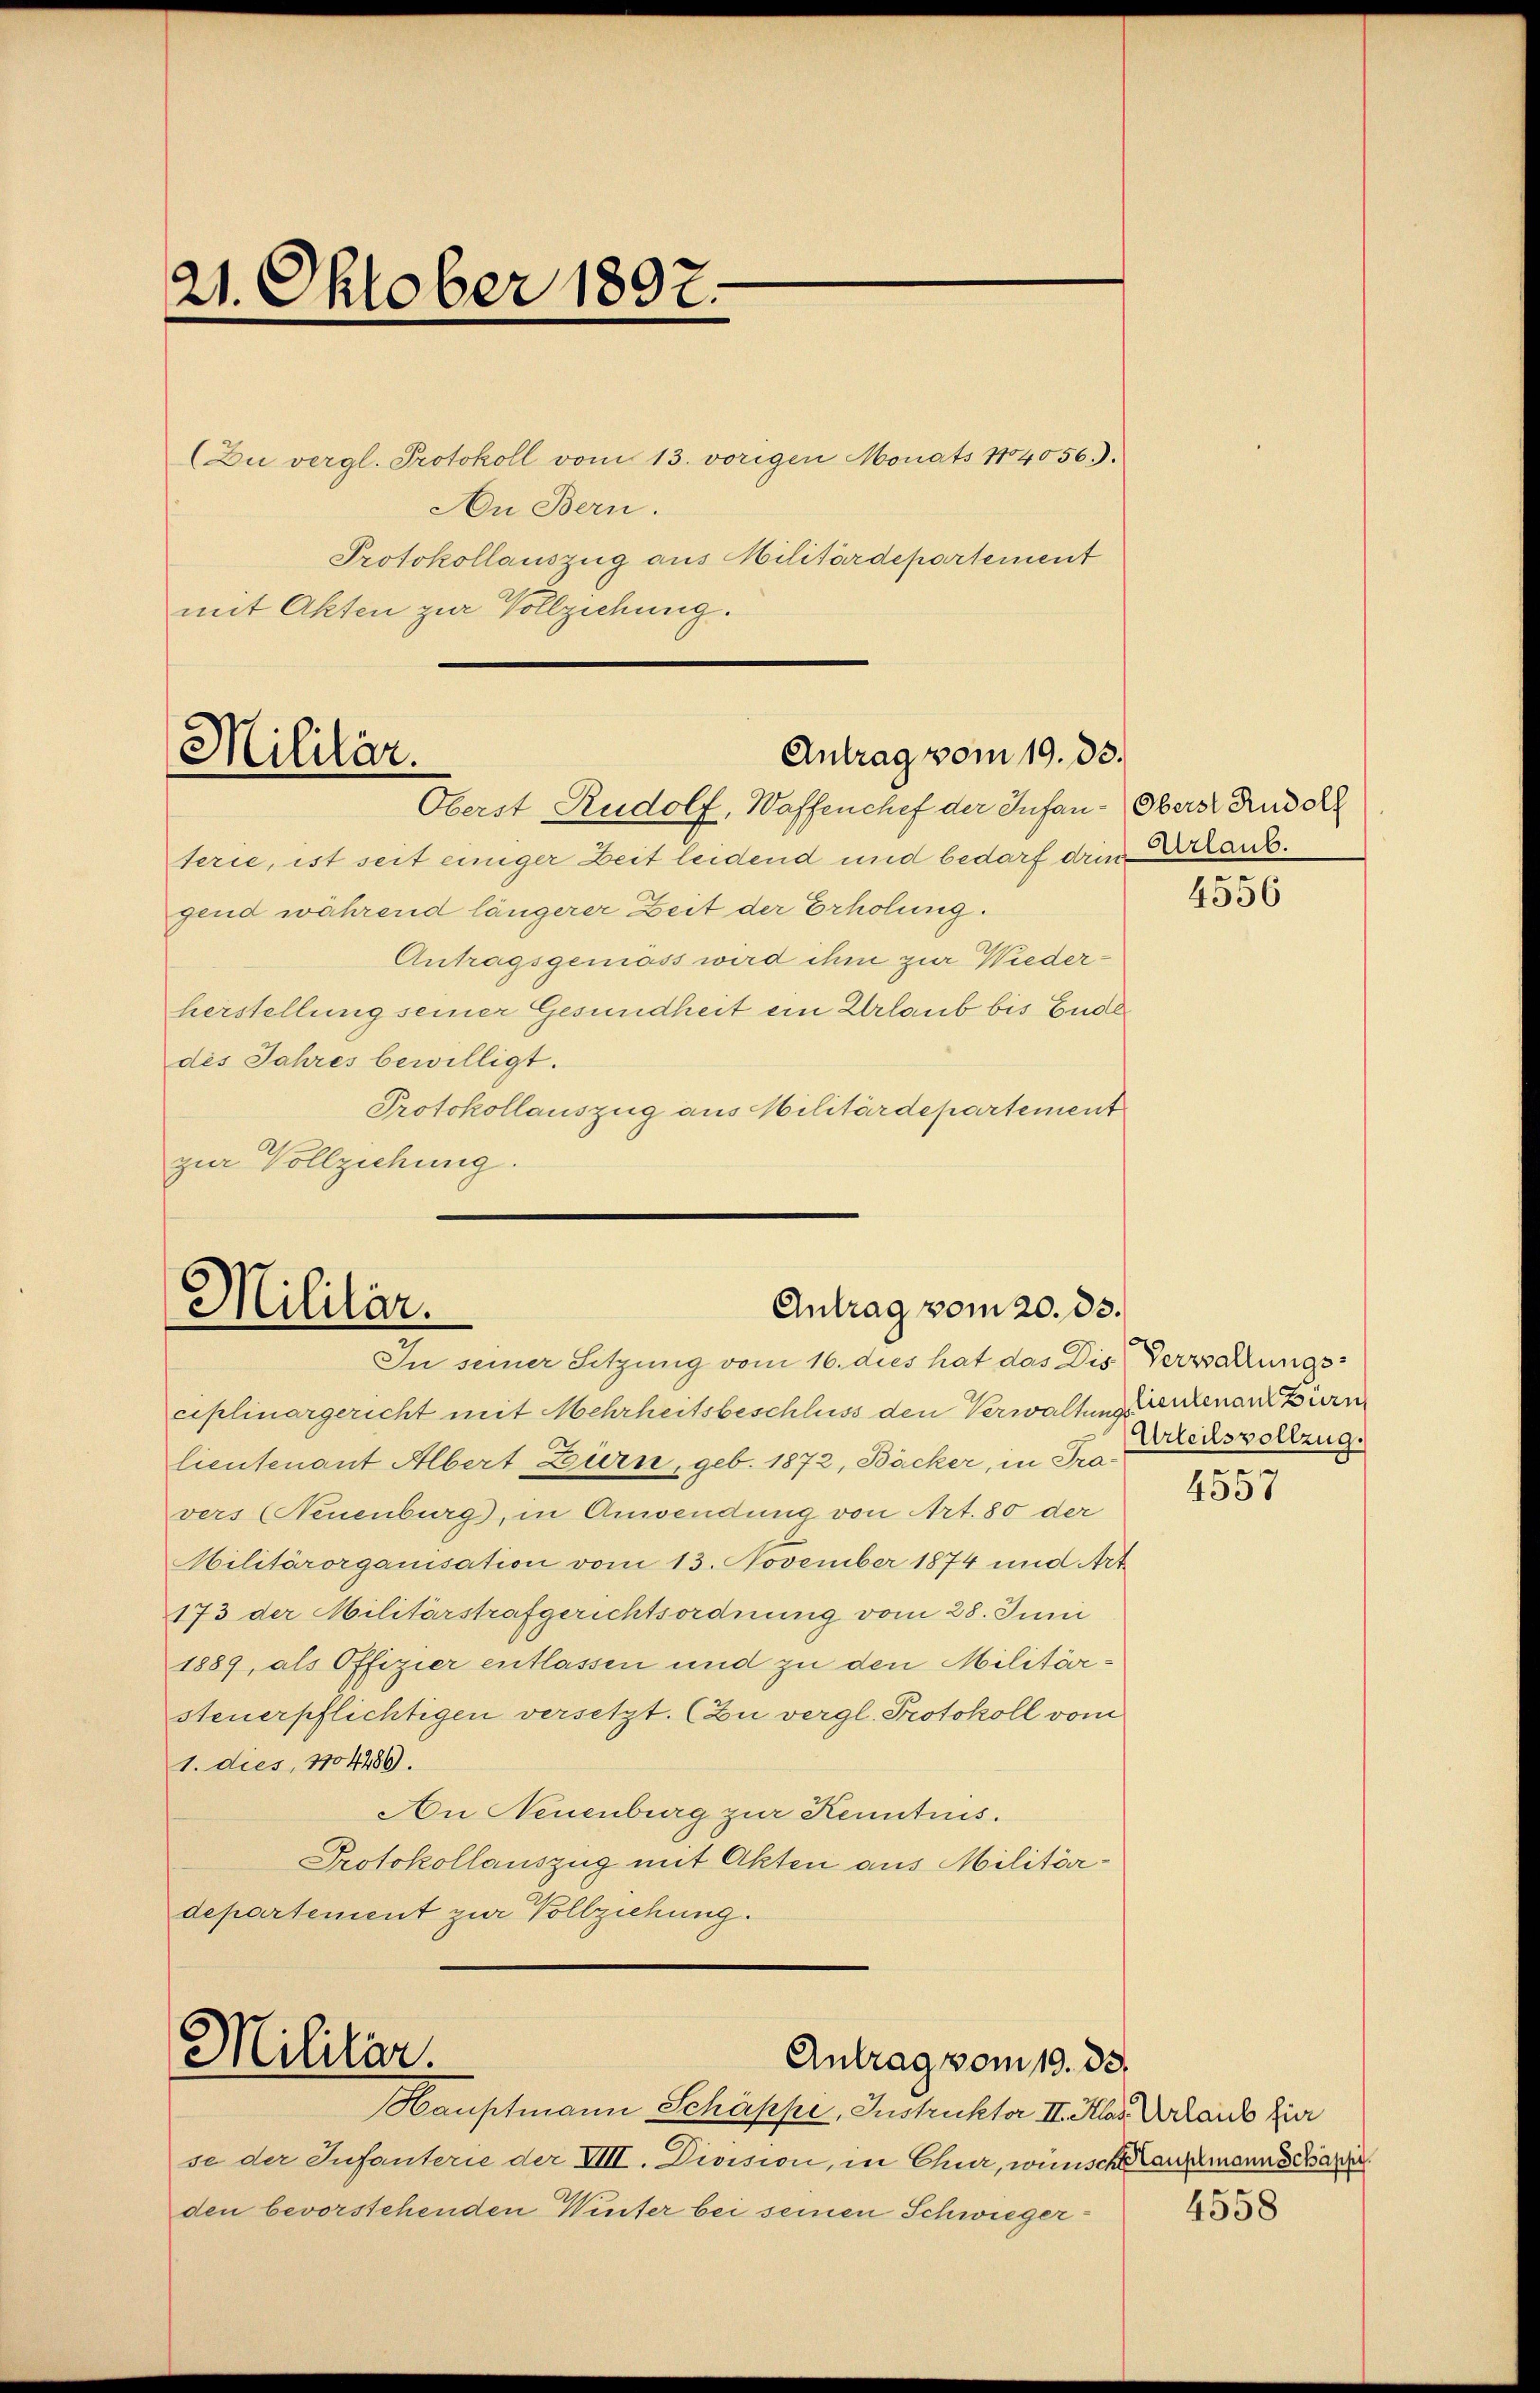
21. Oktober 1897.

(Du vergl. Protokoll vom 13. vorigen Monats 1804056).
An Bern.
Protokollauszug aus Militärdepartement
mit Akten zur Vollziehung.

Antrag vom 19. ds.
Militär.
Oberst Rudolf, Waffenchef der Infan-Oberst Rudolf

terie, ist seit einiger Zeit leidend und bedarf die Erlanggend während längerer Zeit der Erholung.
Antragsgemäss wird ihm zur Wiederherstellung seiner Gesundheit ein Urlaub bis Ender
des Jahres bewilligt.
Protokollauszug aus Militärdepartement
zur Vollziehung.

Antrag vom 20. ds.
Militar.
In seiner Sitzung vom 16. dies hat das Dis Verwaltungs¬

Militar.

ciplinargericht mit Mehrheitsbeschluss den Verwaltungsentenantiern
lieutenant Albert Zürn, geb. 1872, Bäcker, in Travers (Neuenburg, in Anwendung von Art. 80 der
Militärorganisation vom 13. November 1874 und Art
173 der Militärstrafgerichtsordnung vom 28. Juni
1889, als Offizier entlassen und zu den Militärsteuerpflichtigen versetzt. (Zu vergl. Protokoll vom
1. dies, 1104286.
An Neuenburg zur Kenntnis.
Protokollauszug mit Akten aus Militärdepartement zur Vollziehung.

Antrag vom 19. 33.

Hauptmann Schäppi, Instruktor II. Klas Urlaub hier
se der Infanterie der VIII. Division, in Chur, wünsch aufmann Schar
den bevorstehenden Winter bei seinen Schwieger¬

4556

Urteilsvollzug.
.

4557

4558